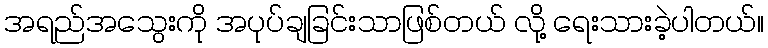
အရည်အသွေးကို အပုပ်ချခြင်းသာဖြစ်တယ် လို့ ရေးသားခဲ့ပါတယ်။